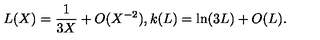
L ( X ) = { \frac { 1 } { 3 X } } + O ( X ^ { - 2 } ) , k ( L ) = \ln ( 3 L ) + O ( L ) .